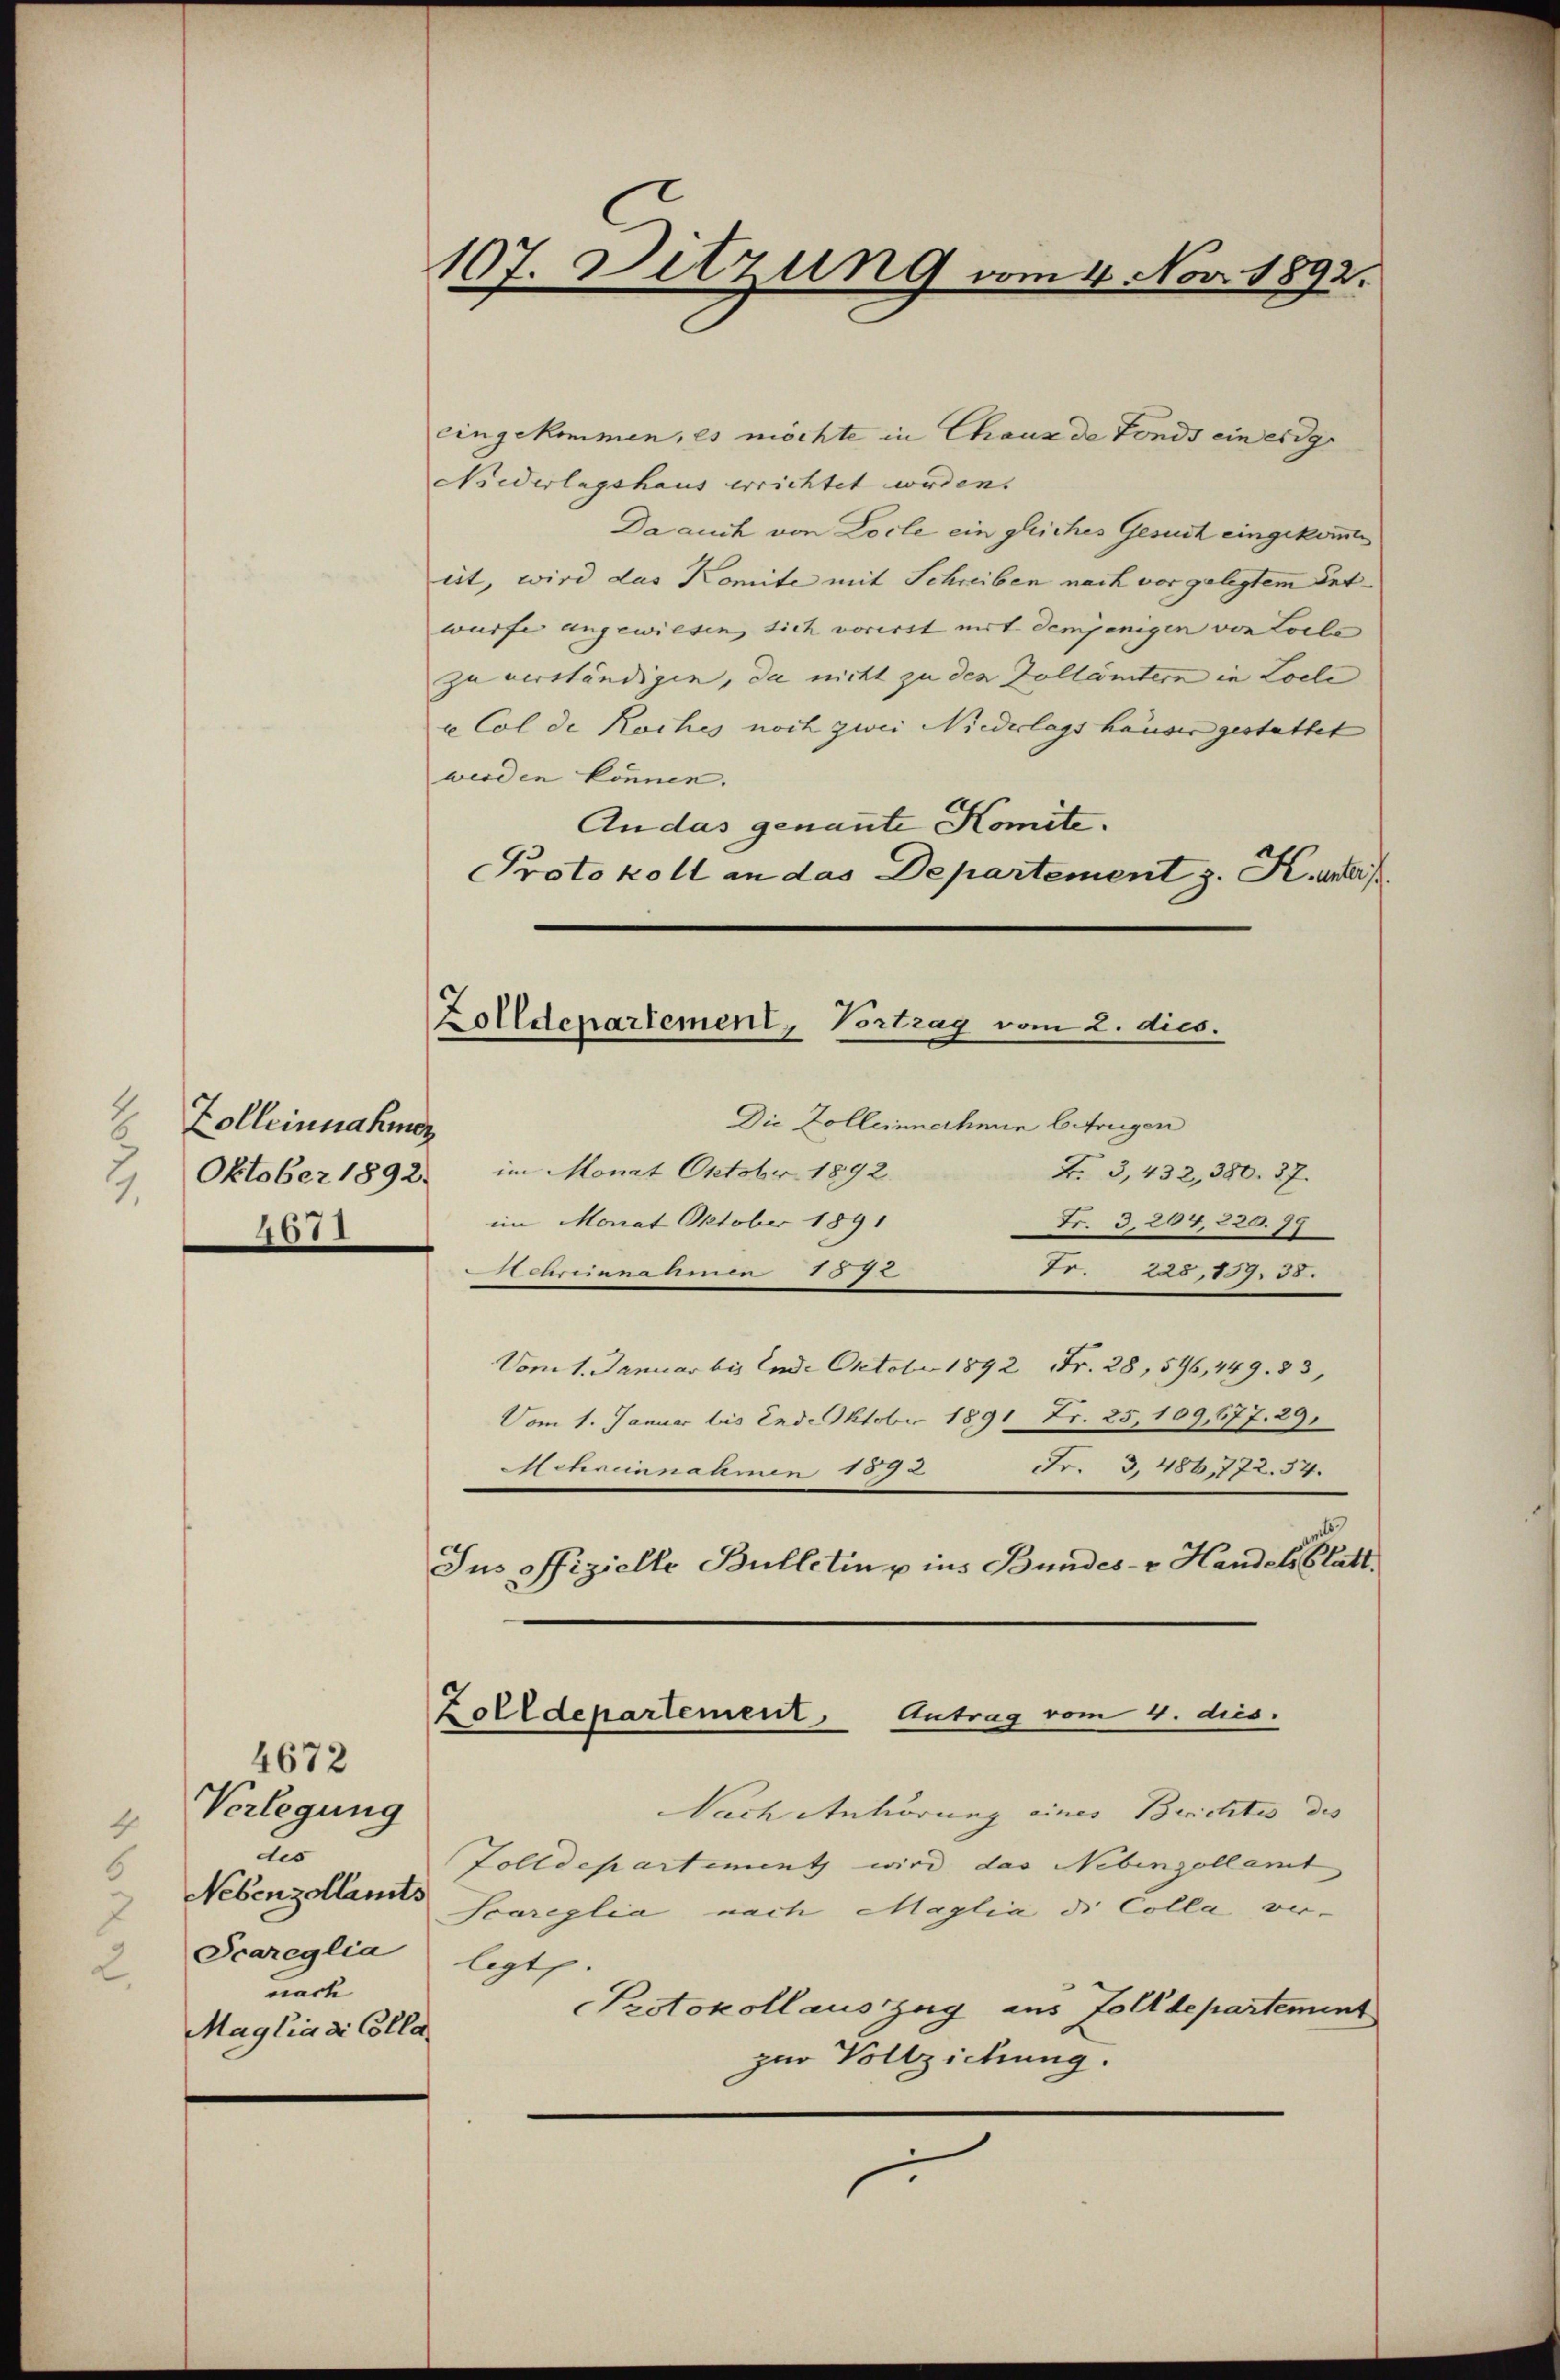
Zolleinnahmen
4
2. Oktober 1892.
4671

Verlegung
des
Nebenzollamts
Scareglia
nach
Maglia di Colle

4672

107. Ditzung vom 4. Nov. 1892.

Zolldepartement, Vortrag vom 2. dies.

eingekommen, es möchte in Chaus de Fonds ein er degr
Niederlagshaus errichtet werden.
Da auch von Locle ein gleiches Gesuch eingekommt
eit, wird das Komite mit Schreiben nach vor gelegtem Ent-
wurfe angewiesen sich vorerst mit demjenigen von Loils
zu verständigen, da nicht zu den Zollämtern in Loele
e Col de Roches noch zwei Niederlags häuser gestattet
werden können.
An das genannte Komite.
Protokoll an das Departement z. K. unters
Die Zolleinnahmen betrugen
im Monat Oktobr 1892.
F. 3, 432, 380. 37.
im Monat Oktober 1891
Fr. 3, 264, 229. 79
thane 777.
Fr. 228,159. 38.
Vom 1. Januar bis Ende Oktober 1892 Fr. 28, 596, 449. 33,
Vom 1. Januar bis Ende Oktober 1891 Fr. 25, 109,677. 29.
Schreinnahmen 1892 Fr. 3, 486,772. 34.
Jus offizielle Bulletin u ins Bundes- u. Handels Statt.
Zolldepartement. Antrag vom 4. dies.
Nach Anhörung eines Berichtes des |
Zolldepartement wird das Nebengellamt
Scareglia nach Maglia di Colla ver-
legt
Protokoll auszug aus Zolldepartement
zur Vollziehung.
.